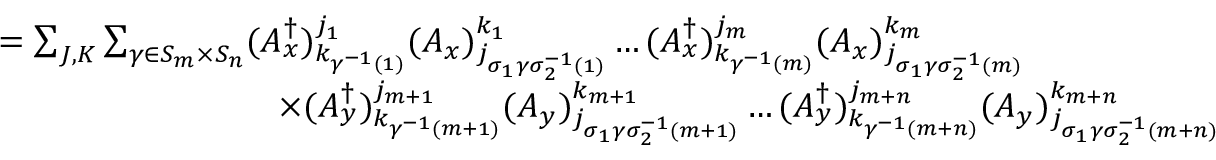
\begin{array} { r l } { } & { = \sum _ { J , K } \sum _ { \gamma \in S _ { m } \times S _ { n } } ( A _ { x } ^ { \dagger } ) _ { k _ { \gamma ^ { - 1 } ( 1 ) } } ^ { j _ { 1 } } ( A _ { x } ) _ { j _ { \sigma _ { 1 } \gamma \sigma _ { 2 } ^ { - 1 } ( 1 ) } } ^ { k _ { 1 } } \dots ( A _ { x } ^ { \dagger } ) _ { k _ { \gamma ^ { - 1 } ( m ) } } ^ { j _ { m } } ( A _ { x } ) _ { j _ { \sigma _ { 1 } \gamma \sigma _ { 2 } ^ { - 1 } ( m ) } } ^ { k _ { m } } } \\ { } & { \qquad \qquad \qquad \qquad \times ( A _ { y } ^ { \dagger } ) _ { k _ { \gamma ^ { - 1 } ( m + 1 ) } } ^ { j _ { m + 1 } } ( A _ { y } ) _ { j _ { \sigma _ { 1 } \gamma \sigma _ { 2 } ^ { - 1 } ( m + 1 ) } } ^ { k _ { m + 1 } } \dots ( A _ { y } ^ { \dagger } ) _ { k _ { \gamma ^ { - 1 } ( m + n ) } } ^ { j _ { m + n } } ( A _ { y } ) _ { j _ { \sigma _ { 1 } \gamma \sigma _ { 2 } ^ { - 1 } ( m + n ) } } ^ { k _ { m + n } } } \end{array}